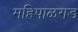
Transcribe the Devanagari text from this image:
महिपाळगड